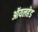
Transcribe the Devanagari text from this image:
ऑयलहेड